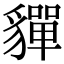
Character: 貚